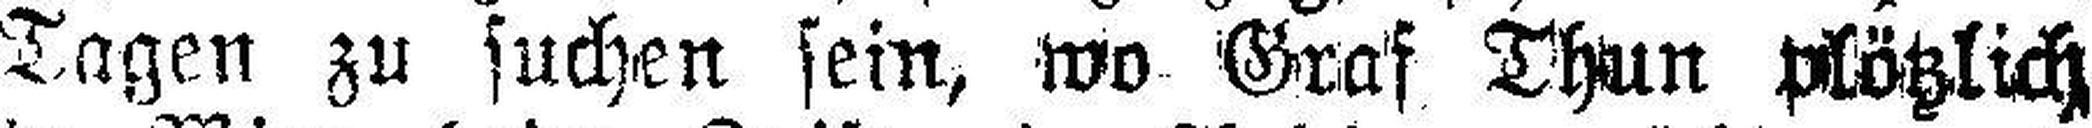
Tagen zu suchen sein, wo Graf Thun plötzlich